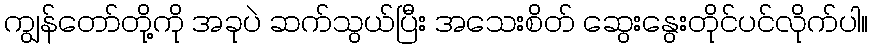
ကျွန်တော်တို့ကို အခုပဲ ဆက်သွယ်ပြီး အသေးစိတ် ဆွေးနွေးတိုင်ပင်လိုက်ပါ။